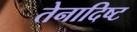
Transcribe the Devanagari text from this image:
तेनादिष्ट